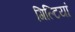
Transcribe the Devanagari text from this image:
गिल्टियां